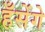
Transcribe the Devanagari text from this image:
हँसेंगे